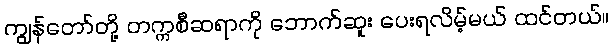
ကျွန်တော်တို့ တက္ကစီဆရာကို ဘောက်ဆူး ပေးရလိမ့်မယ် ထင်တယ်။